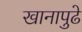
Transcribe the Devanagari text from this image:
खानापुढे